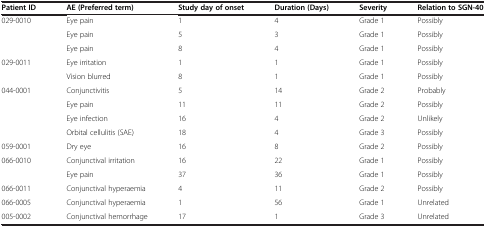
<table><thead><tr><td><b>Patient ID</b></td><td><b>AE (Preferred term)</b></td><td><b>Study day of onset</b></td><td><b>Duration (Days)</b></td><td><b>Severity</b></td><td><b>Relation to SGN-40</b></td></tr></thead><tbody><tr><td rowspan="3">029-0010</td><td>Eye pain</td><td>1</td><td>4</td><td>Grade 1</td><td>Possibly</td></tr><tr><td>Eye pain</td><td>5</td><td>3</td><td>Grade 1</td><td>Possibly</td></tr><tr><td>Eye pain</td><td>8</td><td>4</td><td>Grade 1</td><td>Possibly</td></tr><tr><td rowspan="2">029-0011</td><td>Eye irritation</td><td>1</td><td>1</td><td>Grade 1</td><td>Possibly</td></tr><tr><td>Vision blurred</td><td>8</td><td>1</td><td>Grade 1</td><td>Possibly</td></tr><tr><td rowspan="4">044-0001</td><td>Conjunctivitis</td><td>5</td><td>14</td><td>Grade 2</td><td>Probably</td></tr><tr><td>Eye pain</td><td>11</td><td>11</td><td>Grade 2</td><td>Possibly</td></tr><tr><td>Eye infection</td><td>16</td><td>4</td><td>Grade 2</td><td>Unlikely</td></tr><tr><td>Orbital cellulitis (SAE)</td><td>18</td><td>4</td><td>Grade 3</td><td>Possibly</td></tr><tr><td>059-0001</td><td>Dry eye</td><td>16</td><td>8</td><td>Grade 2</td><td>Possibly</td></tr><tr><td rowspan="2">066-0010</td><td>Conjunctival irritation</td><td>16</td><td>22</td><td>Grade 1</td><td>Possibly</td></tr><tr><td>Eye pain</td><td>37</td><td>36</td><td>Grade 1</td><td>Possibly</td></tr><tr><td>066-0011</td><td>Conjunctival hyperaemia</td><td>4</td><td>11</td><td>Grade 2</td><td>Possibly</td></tr><tr><td>066-0005</td><td>Conjunctival hyperaemia</td><td>1</td><td>56</td><td>Grade 1</td><td>Unrelated</td></tr><tr><td>005-0002</td><td>Conjunctival hemorrhage</td><td>17</td><td>1</td><td>Grade 3</td><td>Unrelated</td></tr></tbody></table>